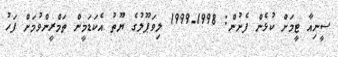
ސީނިއާ ޓީމަށް ކުޅެން ފެށުން: 1998-1999 ލިވަޕޫލުގެ ޔޫތު އެކަޑަމީން ތަމްރީންވުމަށް ފަހު